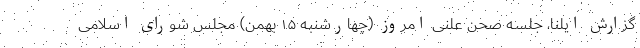
گزارش ایلنا، جلسه صحن علنی امروز (چهارشنبه ۱۵ بهمن) مجلس شورای اسلامی